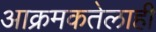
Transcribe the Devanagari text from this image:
आक्रमकतेलाही